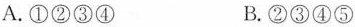
A.①②③④ B.②③④⑤